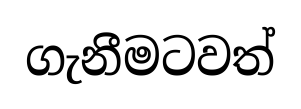
ගැනීමටවත්